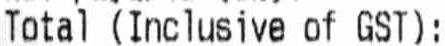
TOTAL (INCLUSIVE OF GST):